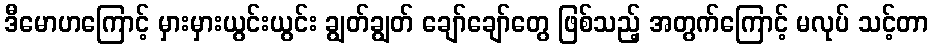
ဒီမောဟကြောင့် မှားမှားယွင်းယွင်း ချွတ်ချွတ် ချော်ချော်တွေ ဖြစ်သည့် အတွက်ကြောင့် မလုပ် သင့်တာ